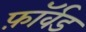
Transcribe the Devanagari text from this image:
फ़ॉर्वड